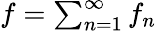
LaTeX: \textstyle f=\sum_{n=1}^{\infty}f_{n}